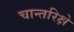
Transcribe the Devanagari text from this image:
चान्तरिक्षे